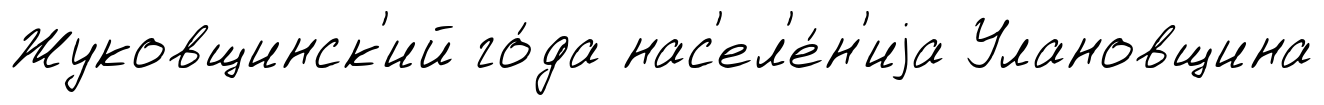
Жуковщинск'ий го́да нас'ел'е́н'иjа Улановщина